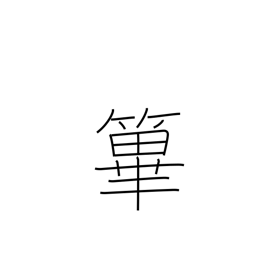
Meaning: fence